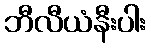
ဘီလီယံနီးပါး